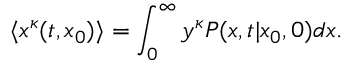
\langle x ^ { \kappa } ( t , x _ { 0 } ) \rangle = \int _ { 0 } ^ { \infty } y ^ { \kappa } P ( x , t | x _ { 0 } , 0 ) d x .